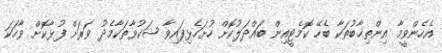
އެހެންވީމާ އިންތިޚާބުތަކާ ބެހޭ ކޮމެޓީއިން ބައްދަލުކޮށް ހުށަހެޅިފައިވާ ޝަކުވާތަކާމެދު ވަރަށް ފުޅާކޮށް ވާހަކަ